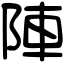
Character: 陣